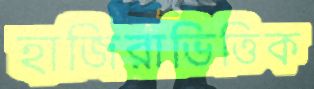
হাজিরাভিত্তিক